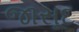
જાસૂદ